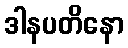
ဒါနပတိနော